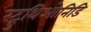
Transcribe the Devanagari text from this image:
स्ट्रुथिओनिडि